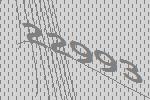
22993